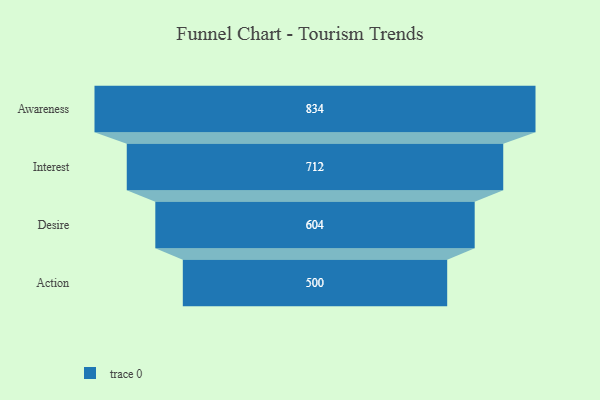
{"axis": {"x": "Stage", "y": "Value"}, "legend": [""], "data": [{"x": "Awareness", "y": 834.0, "type": ""}, {"x": "Interest", "y": 712.0, "type": ""}, {"x": "Desire", "y": 604.0, "type": ""}, {"x": "Action", "y": 500, "type": ""}]}